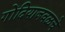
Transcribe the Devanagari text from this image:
गोंदियाजवळचे